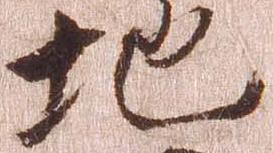
地